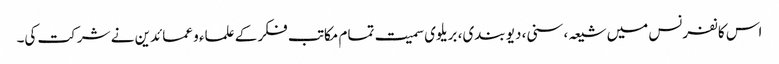
اس کانفرنس میں شیعہ، سنی، دیو بندی، بریلوی سمیت تمام مکاتب فکر کے علماء و عمائدین نے شرکت کی۔